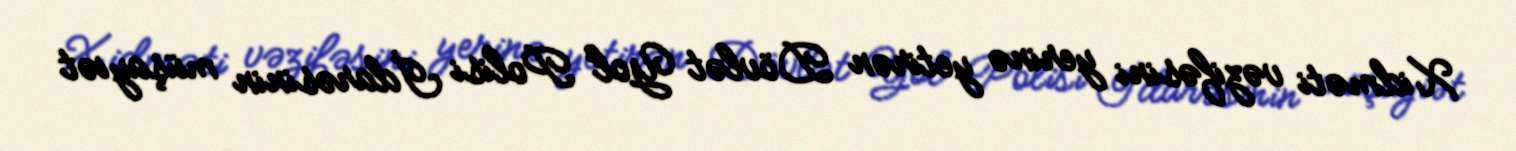
Xidməti vəzifəsini yerinə yetirən Dövlət Yol Polisi İdarəsinin müşayiət